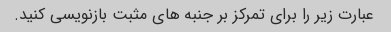
عبارت زیر را برای تمرکز بر جنبه های مثبت بازنویسی کنید.